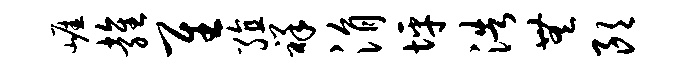
崖雍隹殖祥涓坪浩无朗